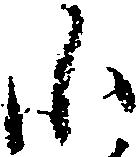
小